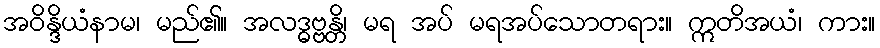
အဝိန္ဒိယံနာမ၊ မည်၏။ အလဒ္ဓဗ္ဗန္တိ၊ မရ အပ် မရအပ်သောတရား။ ဣတိအယံ၊ ကား။